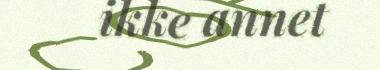
ikke annet